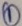
Text: 1